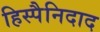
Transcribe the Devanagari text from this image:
हिस्पैनिदाद